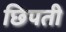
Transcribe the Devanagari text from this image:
छिपती